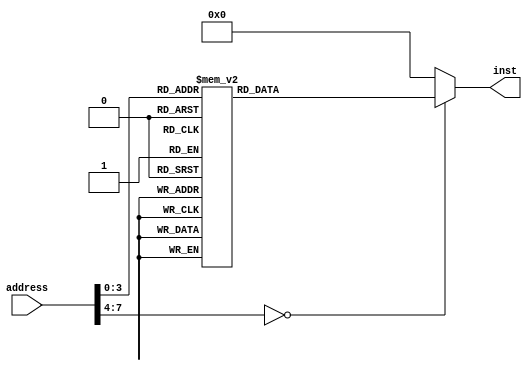
/*
   This file was generated automatically by Alchitry Labs version 1.2.7.
   Do not edit this file directly. Instead edit the original Lucid source.
   This is a temporary file and any changes made to it will be destroyed.
*/

module instRom_5 (
    input [7:0] address,
    output reg [15:0] inst
  );
  
  
  
  always @* begin
    inst = 16'h0000;
    
    case (address)
      1'h0: begin
        inst = 16'h31fd;
      end
      1'h1: begin
        inst = 16'h2110;
      end
      2'h2: begin
        inst = 16'h6100;
      end
      2'h3: begin
        inst = 16'h3000;
      end
      3'h4: begin
        inst = 16'h32fa;
      end
      3'h5: begin
        inst = 16'h33fb;
      end
      3'h6: begin
        inst = 16'h34fc;
      end
      3'h7: begin
        inst = 16'h2120;
      end
      4'h8: begin
        inst = 16'h2130;
      end
      4'h9: begin
        inst = 16'h2140;
      end
    endcase
  end
endmodule